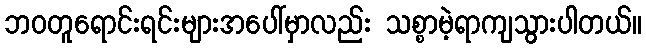
ဘဝတူရောင်းရင်းများအပေါ်မှာလည်း သစ္စာမဲ့ရာကျသွားပါတယ်။